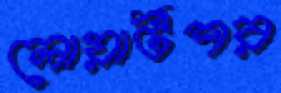
লোয়ার্টশর